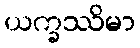
ယက္ခဿိမာ